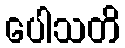
ပေါသတိ